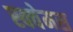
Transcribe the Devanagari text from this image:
स्क्वेमस